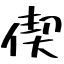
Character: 偰